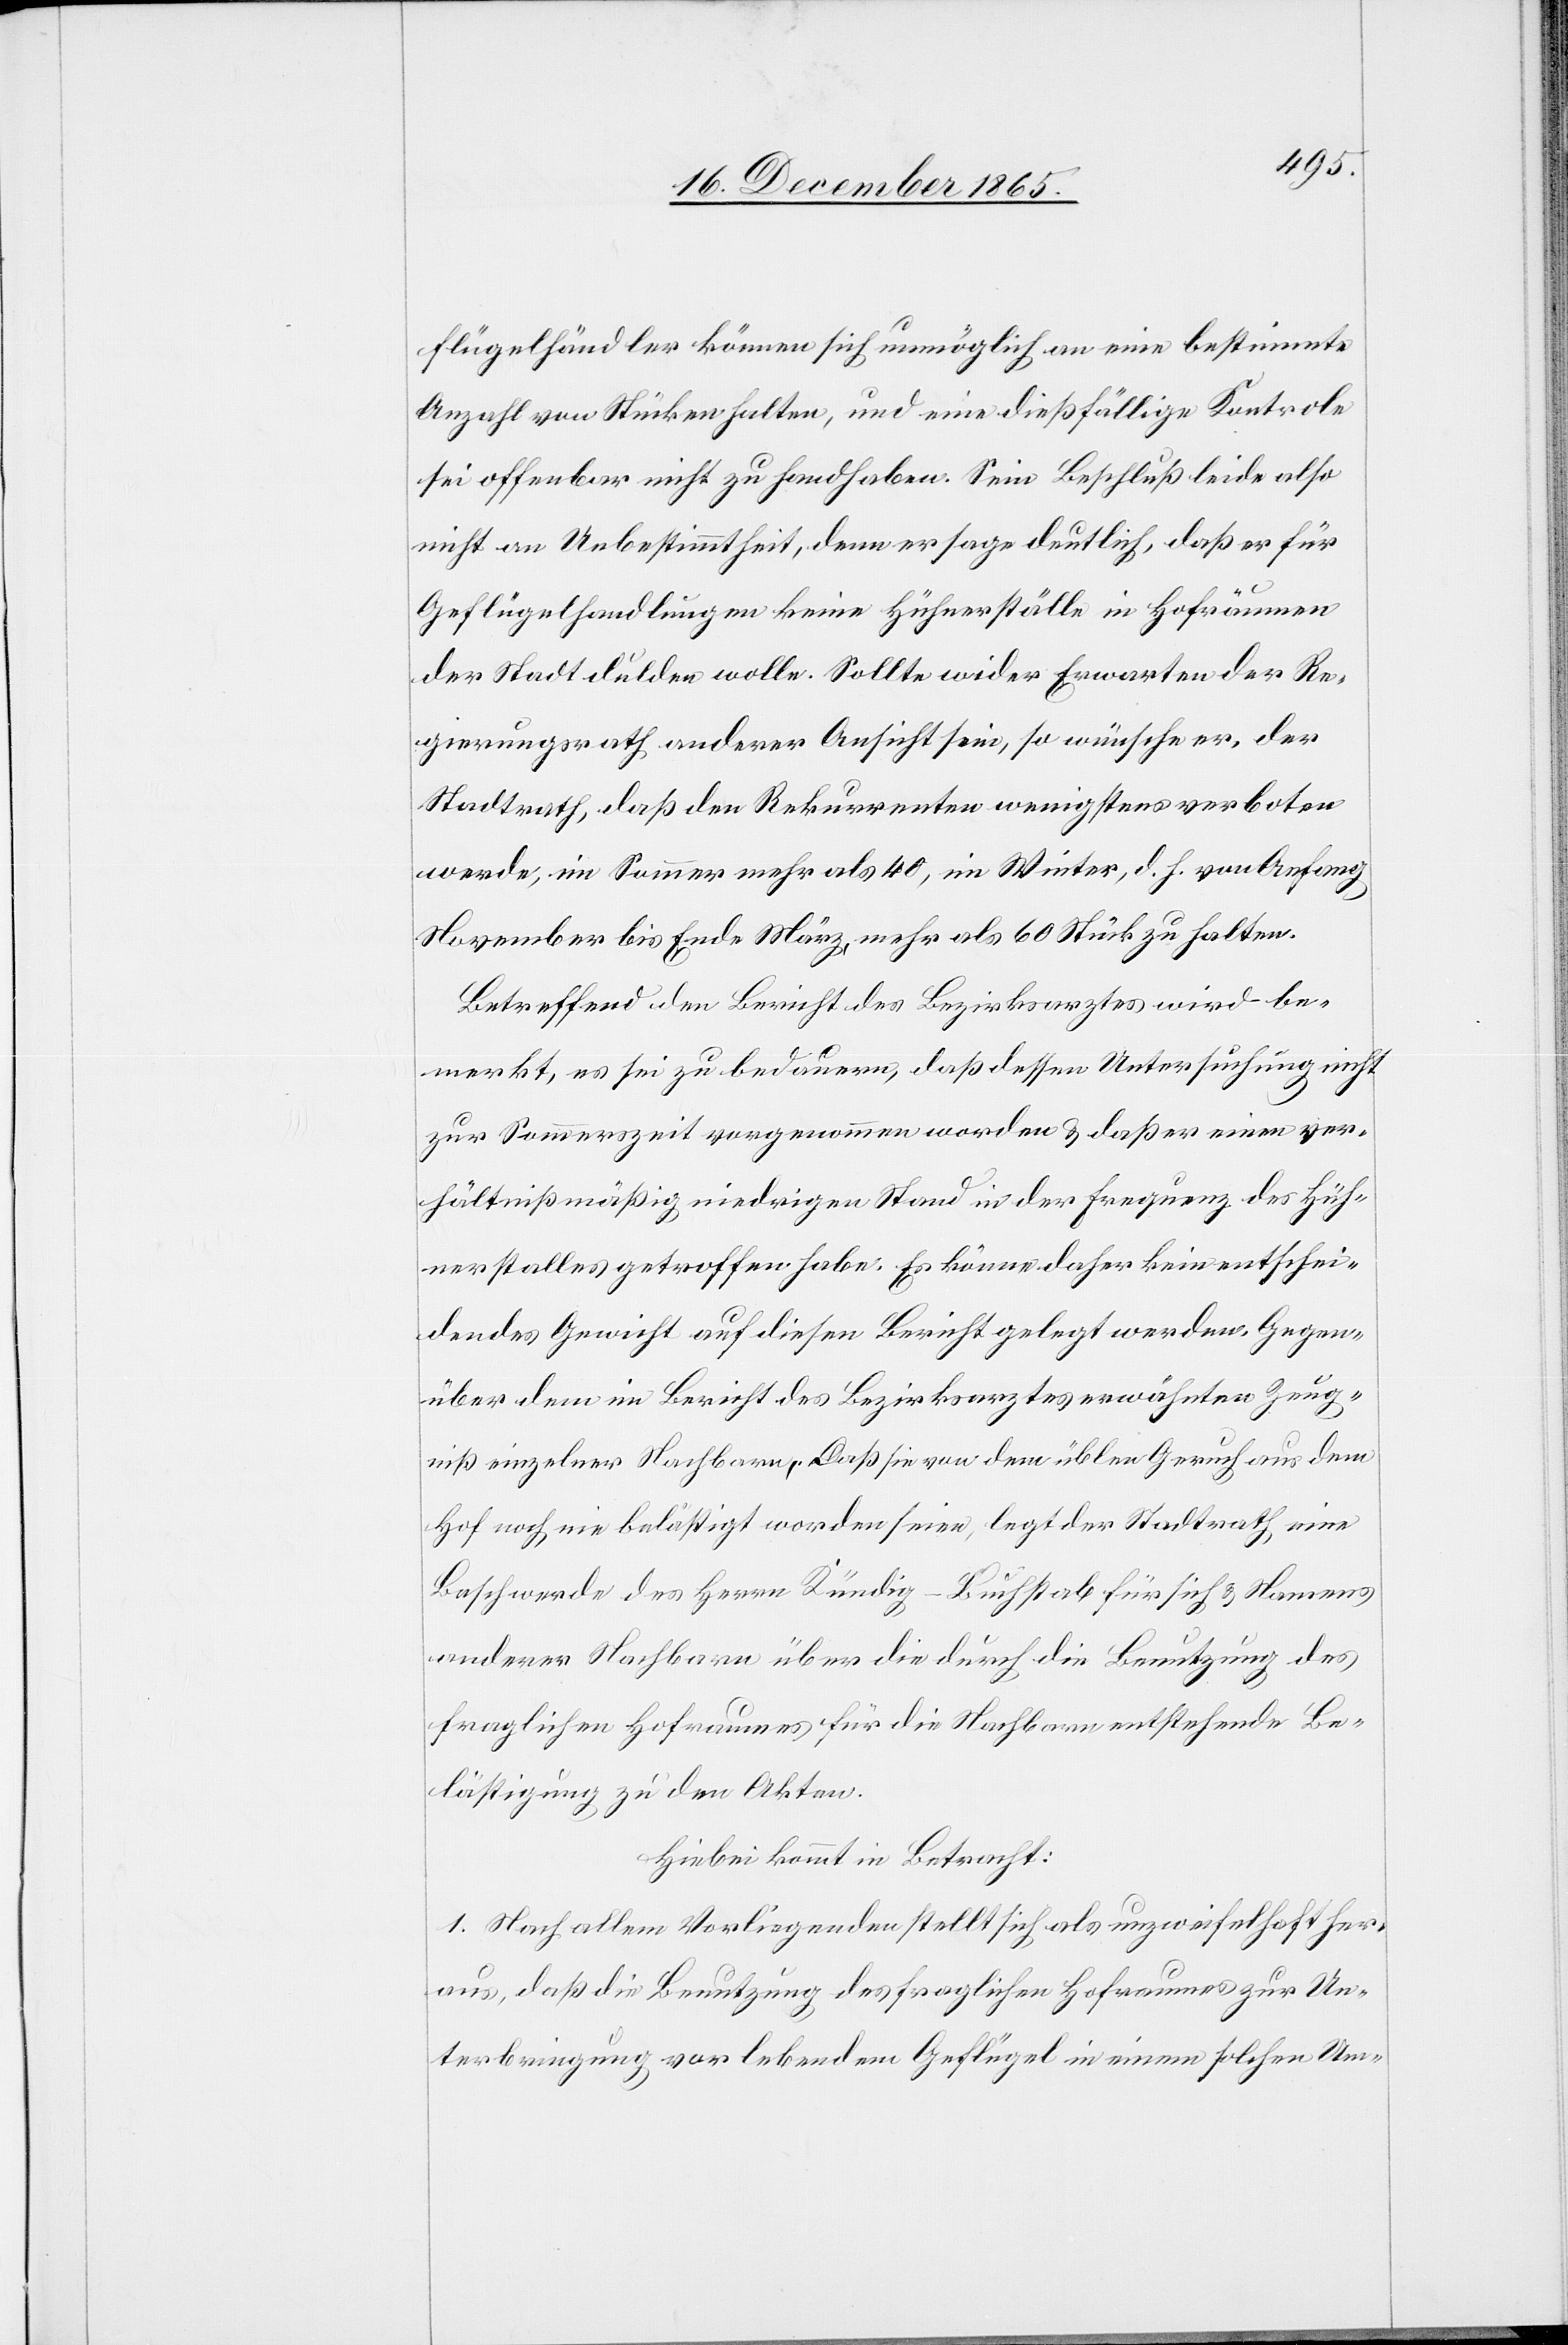
flügelhändler können sich unmöglich an eine bestimmte
Anzahl von Stücken halten, und eine dießfällige Kontrole
sei offenbar nicht zu handhaben. Sein Beschluß leide also
nicht an Unbestimmtheit, denn er sage deutlich, daß er für
Geflügelhandlungen keine Hühnerställe in Hofräumen
der Stadt dulden wolle. Sollte wider Erwarten der Re¬
gierungsrath anderer Ansicht sein, so wünsche er, der
Stadtrath, daß den Rekurrenten wenigstens verboten
werde, im Sommer mehr als 40, im Winter, d. h. von Anfang
November bis Ende März, mehr als 60 Stück zu halten.
Betreffend den Bericht des Bezirksarztes wird be¬
merkt, es sei zu bedauern, daß dessen Untersuchung nicht
zur Sommerzeit vorgenommen worden & daß er einen ver¬
hältnißmäßig niedrigen Stand in der Frequenz des Hüh¬
nerstalles getroffen habe. Es könne daher kein entschei¬
dendes Gewicht auf diesen Bericht gelegt werden. Gegen¬
über dem im Bericht des Bezirksarztes erwähnten Zeug¬
niß einzelner Nachbarn, Daß [sic!] sie von dem üblen Geruch aus dem
Hof noch nie belästigt worden seien, legt der Stadtrath eine
Beschwerde des Herrn Kündig-Buchstab für sich & Namens
anderer Nachbarn über die durch die Benutzung des
fraglichen Hofraumes für die Nachbarn entstehende Be¬
lästigung zu den Akten.
Hiebei kommt in Betracht:
1. Nach allem Vorliegenden stellt sich als unzweifelhaft her¬
aus, daß die Benutzung des fraglichen Hofraumes zur Un¬
terbringung von lebendem Geflügel in einem solchen Um-